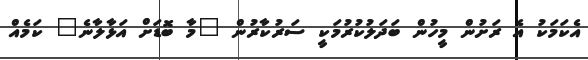
އެކަމަކު އެ ރަށުން މީހުން ބަދަލުކުރުމަކީ ސަރުކާރުން "މާ ބޮޑަށް އަޅާލާނެ" ކަމެއް